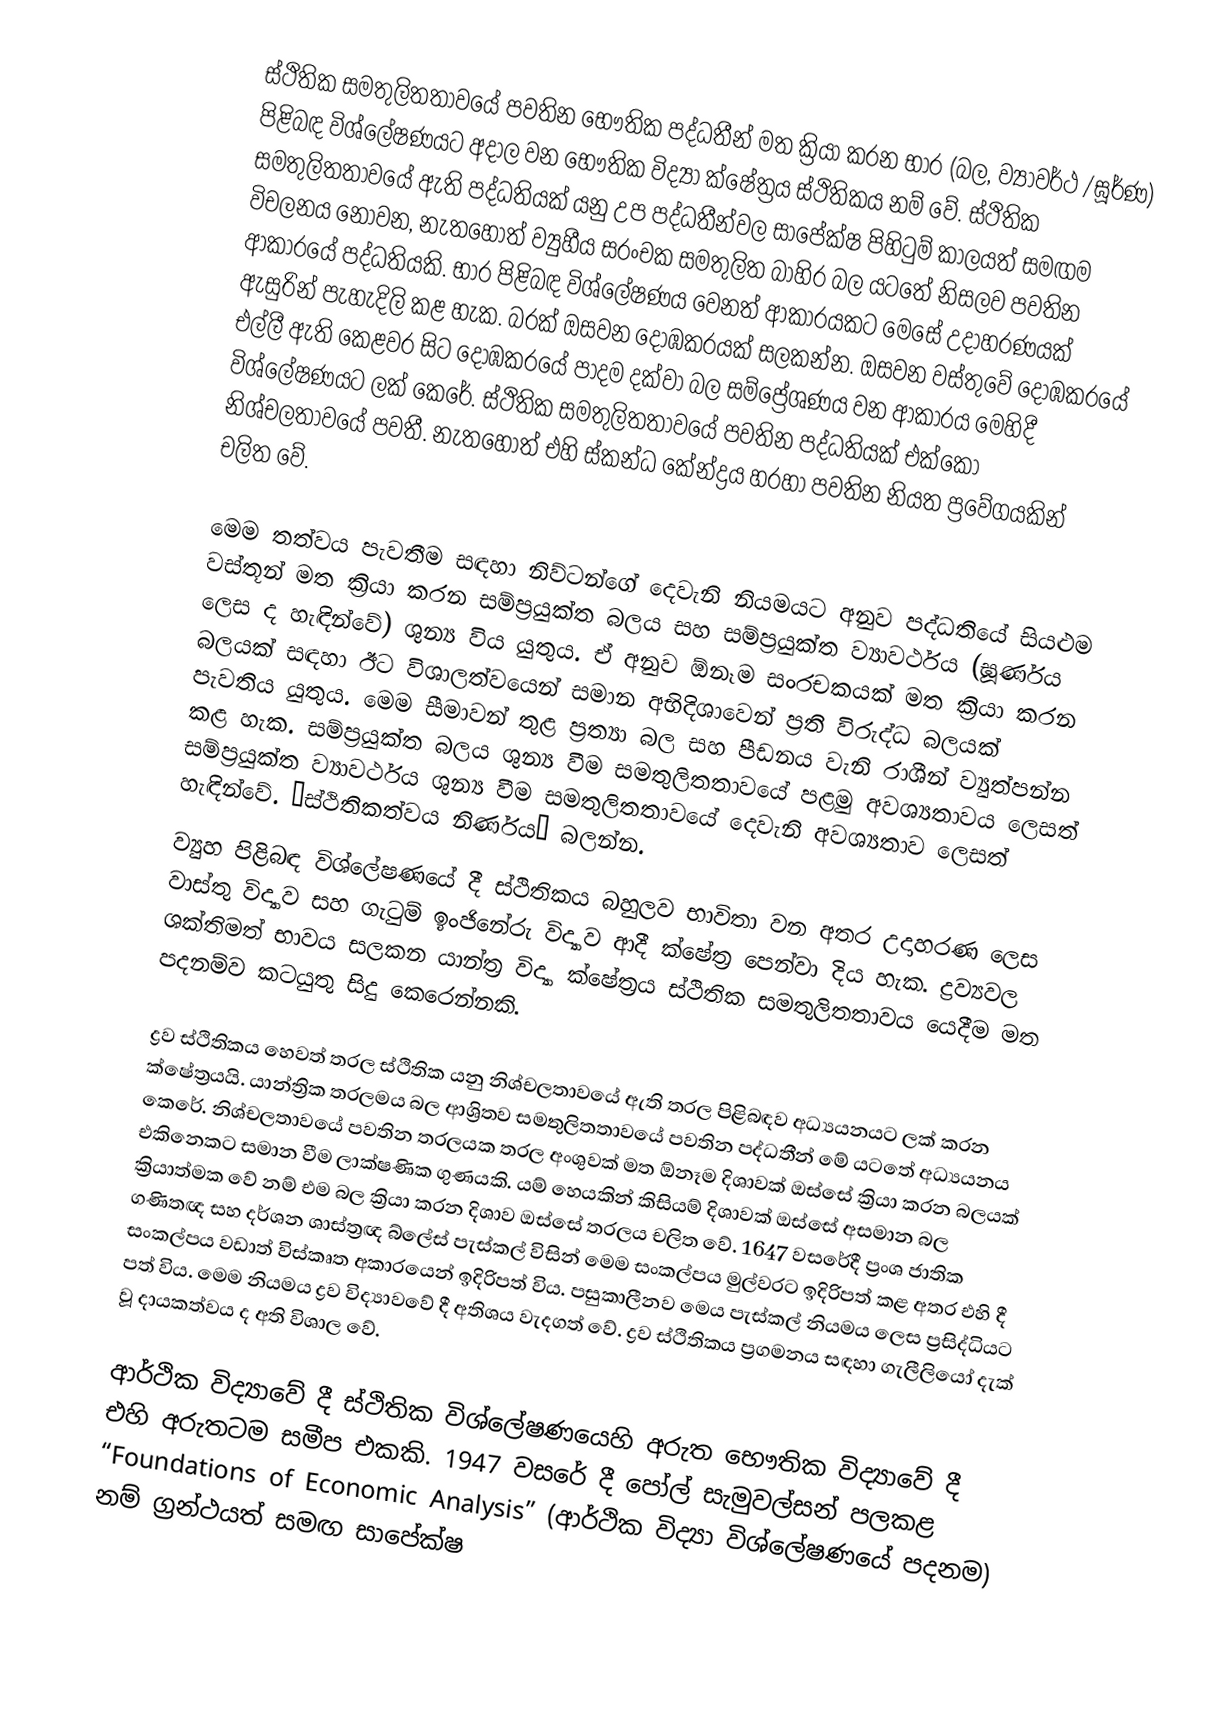
ස්ථිතික සමතුලිතතාවයේ පවතින භෞතික පද්ධතීන් මත ක්‍රියා කරන භාර (බල, ව්‍යාවර්ථ /ඝූර්ණ) පිළිබඳ විශ්ලේෂණයට අදාල වන භෞතික විද්‍යා ක්ෂේත්‍රය ස්ථිතිකය නම් වේ. ස්ථිතික සමතුලිතතාවයේ ඇති පද්ධතියක් යනු උප පද්ධතීන්වල සාපේක්ෂ පිහිටුම් කාලයත් සමඟම විචලනය නොවන, නැත‍හොත් ව්‍යුහීය සරංචක සමතුලිත බාහිර බල යටතේ නිසලව පවතින ආකාරයේ පද්ධතියකි. භාර පිළිබඳ විශ්ලේෂණය වෙනත් ආකාරයකට මෙසේ උදාහරණයක් ඇසුරින් පැහැදිලි කළ හැක. බරක් ඔසවන දොඹකරයක් සලකන්න. ඔසවන වස්තුවේ දොඹකරයේ එල්ලී ඇති කෙළවර සිට දොඹකරයේ පාදම දක්වා බල  සම්ප්‍රේශණය වන ආකාරය මෙහිදී විශ්ලේෂණයට ලක් කෙරේ. ස්ථිතික සමතුලිතතාවයේ පවතින පද්ධතියක් එ‍ක්කෝ නිශ්චලතාවයේ පවතී. නැතහොත් එහි ස්කන්ධ කේන්ද්‍රය හරහා පවතින නියත ප්‍රවේගයකින් චලිත වේ.

මෙම තත්වය පැවතීම සඳහා නිව්ටන්ගේ දෙවැනි නියමයට අනුව පද්ධතියේ සියළුම වස්තූන් මත ක්‍රියා කරන සම්ප්‍රයුක්ත බලය සහ සම්ප්‍රයුක්ත ව්‍යාවර්ථය (ඝූර්ණය ලෙස ද හැඳින්වේ) ශුන්‍ය විය යුතුය. ඒ අනුව ඕනෑම සංරචකයක් මත ක්‍රියා කරන බලයක් සඳහා ඊට විශාලත්වයෙන් සමාන අභිදිශාවෙන් ප්‍රති විරුද්ධ බලයක් පැවතිය යුතුය. මෙම සීමාවන් තුළ ප්‍රත්‍යා බල සහ පීඩනය වැනි රාශීන් ව්‍යුත්පන්න කළ හැක. සම්ප්‍රයුක්ත බලය ශුන්‍ය වීම සමතුලිතතාවයේ පළමු අවශ්‍යතාවය ලෙසත් සම්ප්‍රයුක්ත ව්‍යාවර්ථය ශුන්‍ය වීම සමතුලිතතාවයේ දෙවැනි අවශ්‍යතාව ලෙසත් හැඳින්වේ. “ස්ථිතිකත්වය නිර්ණය” බලන්න.
ව්‍යුහ පිළිබඳ විශ්ලේෂණයේ දී ස්ථිතිකය බහුලව භාවිතා වන අතර උදාහරණ ලෙස වාස්තු විද්‍යාව සහ ගැටුම් ඉංජිනේරු විද්‍යාව ආදී ක්ෂේත්‍ර පෙන්වා දිය හැක. ද්‍රව්‍යවල ශක්තිමත් භාවය සලකන යාන්ත්‍ර විද්‍යා ක්ෂේත්‍රය ස්ථිතික සමතුලිතතාවය යෙදීම මත පදනම්ව කටයුතු සිදු කෙරෙන්නකි.

ද්‍රව ස්ථිතිකය හෙවත් තරල ස්ථිතික යනු නිශ්චලතාවයේ ඇති තරල පිළිබඳව අධ්‍යයනයට ලක් කරන ක්ෂේත්‍රයයි. යාන්ත්‍රික තරලමය බල ආශ්‍රිතව සමතුලිතතාවයේ පවතින පද්ධතීන් මේ යටතේ අධ්‍යයනය කෙරේ. නිශ්චලතාවයේ පවතින තරලයක තරල අංශුවක් මත ඕනෑම දිශාවක් ඔස්සේ ක්‍රියා කරන බලයක් එකිනෙකට සමාන වීම ලාක්ෂණික ගුණයකි. යම් හෙයකින් කිසියම් දිශාවක් ඔස්සේ අසමාන බල ක්‍රියාත්මක වේ නම් එම බල ක්‍රියා කරන දිශාව ඔස්සේ තරලය චලිත වේ. 1647 වසරේදී ප්‍රංශ ජාතික ගණිතඥ සහ දර්ශන ශාස්ත්‍රඥ බ්ලේස් පැස්කල් විසින් මෙම සංකල්පය  මුල්වරට ඉදිරිපත් කළ අතර එහි දී සංකල්පය වඩාත් විස්කෘත අකාරයෙන් ඉදිරිපත් විය. පසුකාලීනව මෙය පැස්කල් නියමය ලෙස ප්‍රසිද්ධියට පත් විය. මෙම නියමය ද්‍රව විද්‍යාවවේ දී අතිශය වැදගත් වේ. ද්‍රව ස්ථිතිකය ප්‍රගමනය සඳහා ගැලීලියෝ දැක් වූ දායකත්වය ද අති විශාල වේ.

ආර්ථික විද්‍යාවේ දී ස්ථිතික විශ්ලේෂණයෙහි අරුත භෞතික විද්‍යාවේ දී එහි අරුතටම සමීප එකකි. 1947 වසරේ දී පෝල් සැමුවල්සන් පලකළ “Foundations of Economic Analysis” (ආර්ථික විද්‍යා විශ්ලේෂණයේ පදනම) නම් ග්‍රන්ථයත් සමඟ සාපේක්ෂ